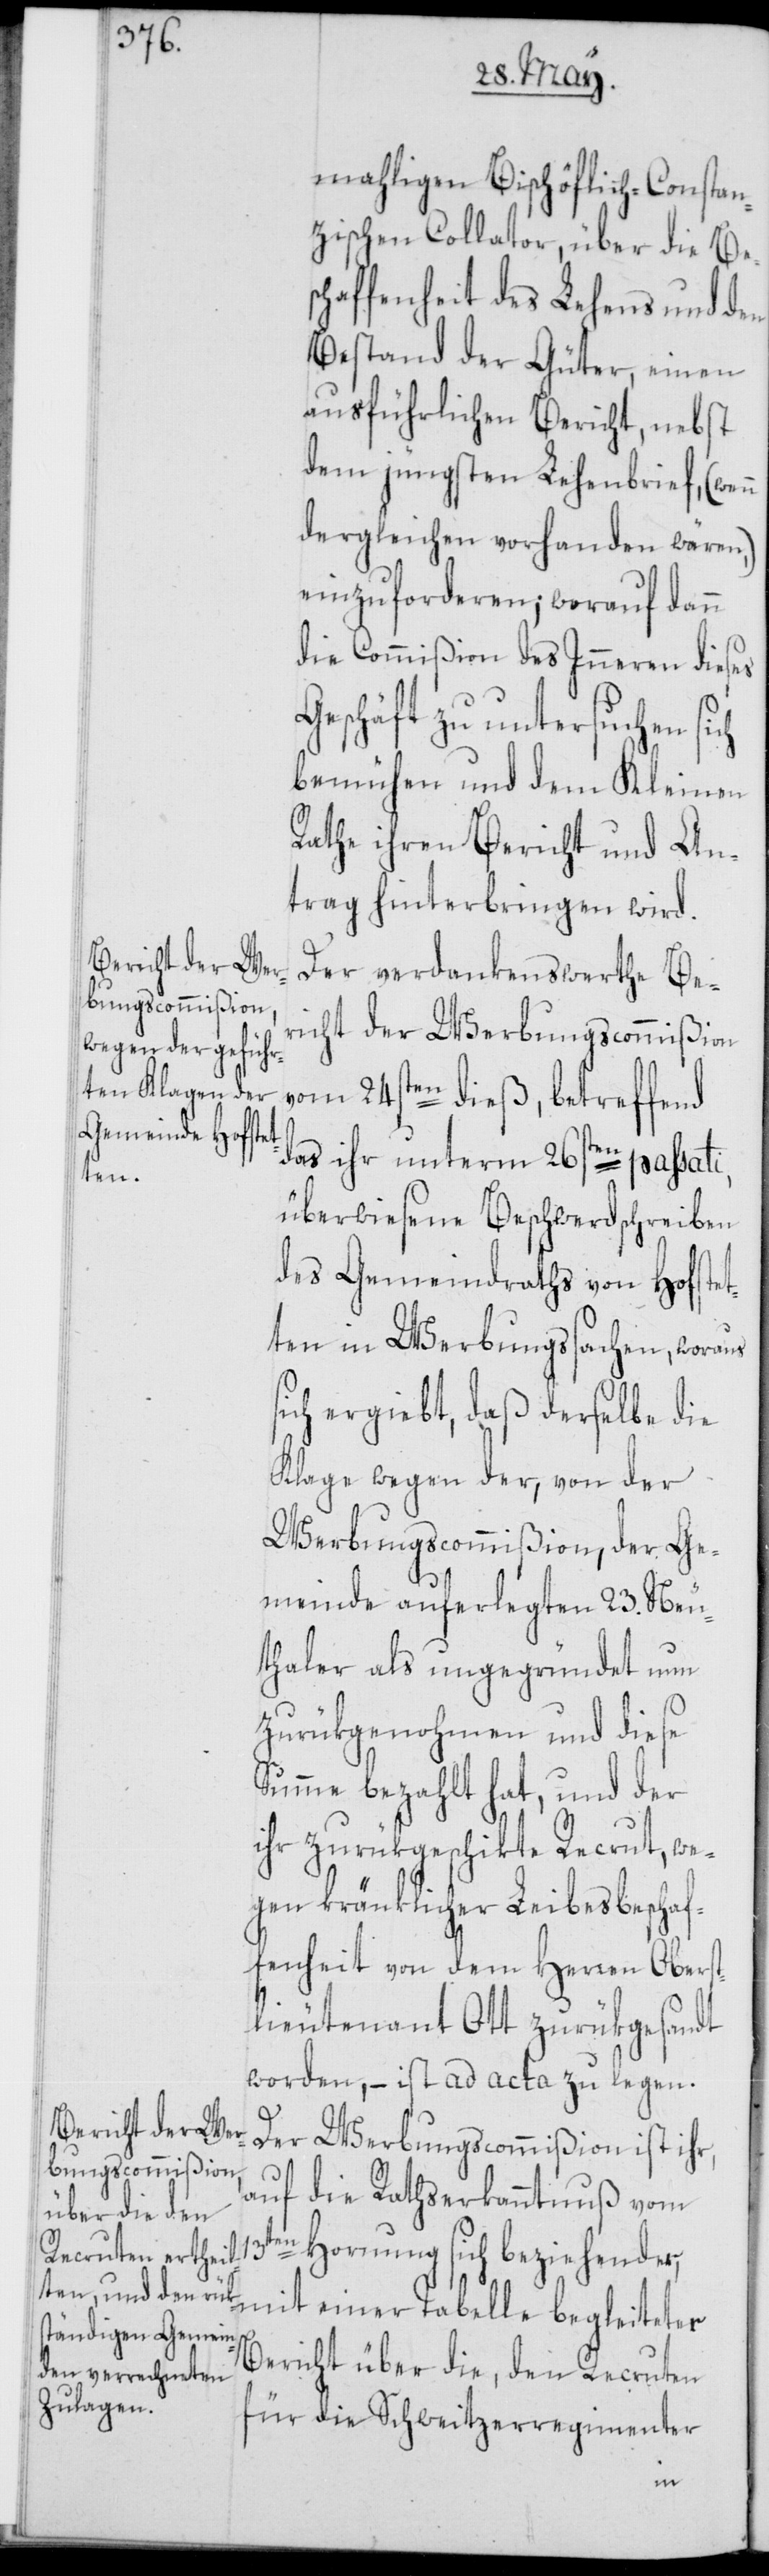
mahligen Bischöflich-Constan¬
zischen Collator, über die Bes¬
chaffenheit des Lehens und den
Bestand der Güter, einen
ausführlichen Bericht, nebst
dem jüngsten Lehenbrief, (wenn
dergleichen vorhanden wären,)
einzuforderen; worauf dann
die Commißion des Inneren dieses
Geschäft zu untersuchen sich
bemühen und dem Kleinen
Rathe ihren Bericht und An¬
trag hinterbringen wird.
Der verdankenswerthe Be¬
richt der Werbungscommißion
vom 24sten dieß, betreffend
das ihr unterm 26sten passati,
überwiesene Beschwerdschreiben
des Gemeindraths von Hofstet¬
ten in Werbungssachen, woraus
sich ergiebt, daß derselbe die
Klage wegen der, von der
Werbungscommißion, der Ge¬
meinde auferlegten 23. Neu¬
thaler als ungegründet nun
zurükgenohmen und diese
Summe bezahlt hat, und der
ihr zurükgeschikte Recrut, we¬
gen kränklicher Leibesbeschaf¬
fenheit von dem Herren Oberst¬
lieutenant Ott zurükgesandt
worden, – ist ad acta zu legen.
Der Werbungscommißion ist ihr,
auf die Rathserkanntnuß vom
13ten Hornung sich beziehender,
Bericht über die, den Recruten
für die Schweitzerregimenter
einer